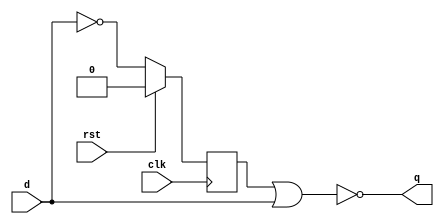
module negedgedetector(d,clk,rst,q);
		input d,clk,rst;
		output  q;
		reg q1;
		assign q=~(q1||d);
		always@(negedge clk)
			begin
				if(rst)
					begin
						q1<=1'b0;
					end
				else
					begin
						q1<=~d;
					end
			end
endmodule